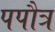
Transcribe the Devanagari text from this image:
पपौत्र